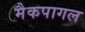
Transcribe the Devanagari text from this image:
मैकपागल